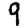
Digit: 9